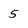
Character: 5